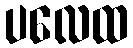
ပလေထ